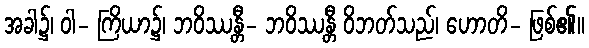
အခါ၌၊ ဝါ- ကြိယာ၌၊ ဘဝိဿန္တီ- ဘဝိဿန္တီ ဝိဘတ်သည်၊ ဟောတိ- ဖြစ်၏။